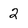
Character: 2